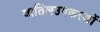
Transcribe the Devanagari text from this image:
वातिलउपकरणों